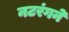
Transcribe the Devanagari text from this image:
नटरंगने